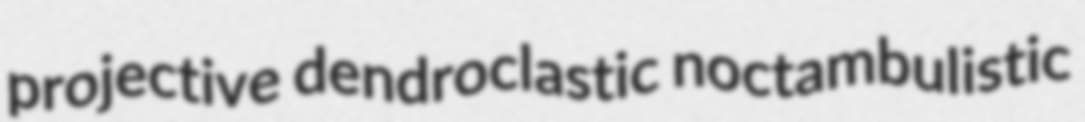
projective dendroclastic noctambulistic